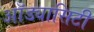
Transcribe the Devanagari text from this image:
ऑड्यासिटी